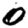
Digit: 0